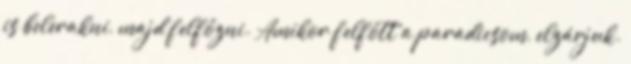
is belerakni, majd felfőzni. Amikor felfőtt a paradicsom, elzárjuk.